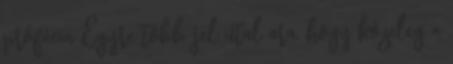
prófécia Egyre több jel utal ara, hogy közeleg a